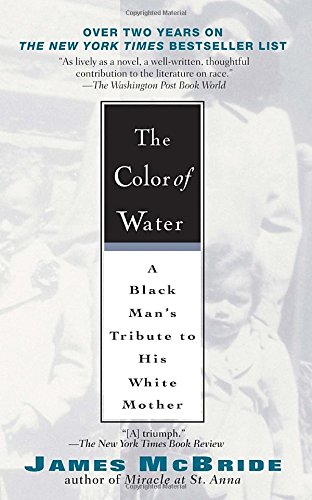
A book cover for The Color of Water: A Black Man's Tribute to His White Mother, 10th Anniversary Edition; James McBride; Parenting & Relationships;